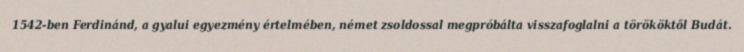
1542-ben Ferdinánd, a gyalui egyezmény értelmében, német zsoldossal megpróbálta visszafoglalni a törököktől Budát.